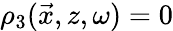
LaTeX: \rho_{3}(\vec{x},z,\omega)=0